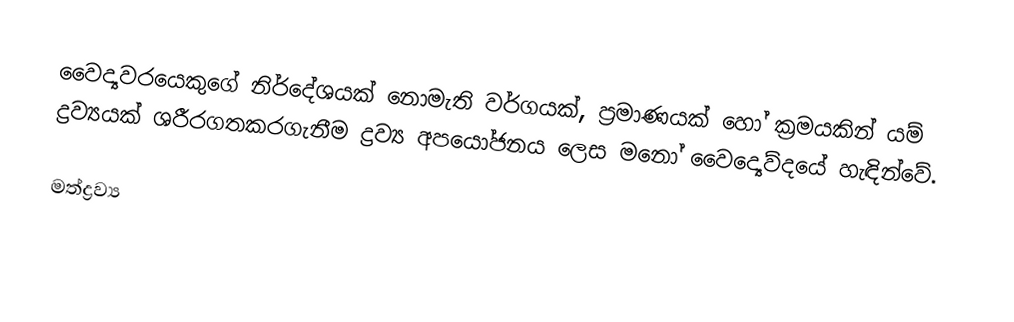
වෛද්‍යවරයෙකුගේ නිර්දේශයක් නොමැති වර්ගයක්, ප්‍රමාණයක් හෝ ක්‍රමයකින් යම් ද්‍රව්‍යයක් ශරීරගතකරගැනීම ද්‍රව්‍ය අපයෝජනය ලෙස මනෝ වෛද්‍යෙව්දයේ හැඳින්වේ.

මත්ද්‍රව්‍ය